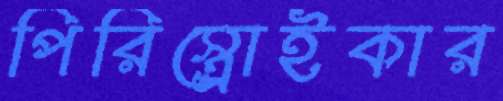
পিরিস্ত্রোইকার